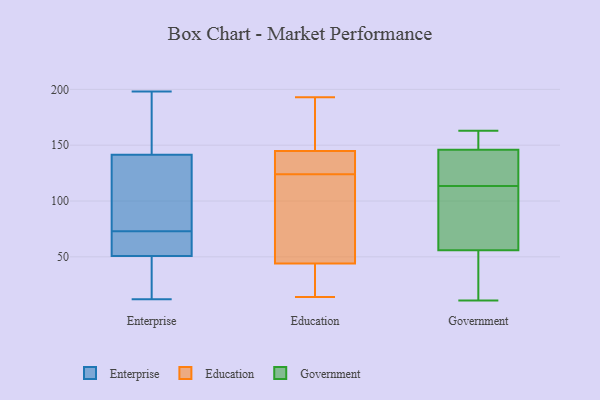
{"axis": {"x": "Temperature (°C)", "y": "Value"}, "legend": ["Education", "Enterprise", "Government"], "data": [{"x": "", "y": 73, "type": "Enterprise"}, {"x": "", "y": 36, "type": "Enterprise"}, {"x": "", "y": 12, "type": "Enterprise"}, {"x": "", "y": 171, "type": "Enterprise"}, {"x": "", "y": 32, "type": "Enterprise"}, {"x": "", "y": 176, "type": "Enterprise"}, {"x": "", "y": 31, "type": "Enterprise"}, {"x": "", "y": 145, "type": "Enterprise"}, {"x": "", "y": 198, "type": "Enterprise"}, {"x": "", "y": 55, "type": "Enterprise"}, {"x": "", "y": 81, "type": "Enterprise"}, {"x": "", "y": 58, "type": "Enterprise"}, {"x": "", "y": 131, "type": "Enterprise"}, {"x": "", "y": 83, "type": "Enterprise"}, {"x": "", "y": 50, "type": "Enterprise"}, {"x": "", "y": 167, "type": "Enterprise"}, {"x": "", "y": 55, "type": "Enterprise"}, {"x": "", "y": 53, "type": "Enterprise"}, {"x": "", "y": 102, "type": "Enterprise"}, {"x": "", "y": 144, "type": "Education"}, {"x": "", "y": 167, "type": "Education"}, {"x": "", "y": 32, "type": "Education"}, {"x": "", "y": 39, "type": "Education"}, {"x": "", "y": 179, "type": "Education"}, {"x": "", "y": 168, "type": "Education"}, {"x": "", "y": 42, "type": "Education"}, {"x": "", "y": 74, "type": "Education"}, {"x": "", "y": 50, "type": "Education"}, {"x": "", "y": 137, "type": "Education"}, {"x": "", "y": 145, "type": "Education"}, {"x": "", "y": 126, "type": "Education"}, {"x": "", "y": 86, "type": "Education"}, {"x": "", "y": 14, "type": "Education"}, {"x": "", "y": 124, "type": "Education"}, {"x": "", "y": 79, "type": "Education"}, {"x": "", "y": 193, "type": "Education"}, {"x": "", "y": 129, "type": "Education"}, {"x": "", "y": 37, "type": "Education"}, {"x": "", "y": 48, "type": "Government"}, {"x": "", "y": 83, "type": "Government"}, {"x": "", "y": 106, "type": "Government"}, {"x": "", "y": 162, "type": "Government"}, {"x": "", "y": 140, "type": "Government"}, {"x": "", "y": 19, "type": "Government"}, {"x": "", "y": 131, "type": "Government"}, {"x": "", "y": 33, "type": "Government"}, {"x": "", "y": 11, "type": "Government"}, {"x": "", "y": 136, "type": "Government"}, {"x": "", "y": 162, "type": "Government"}, {"x": "", "y": 152, "type": "Government"}, {"x": "", "y": 29, "type": "Government"}, {"x": "", "y": 157, "type": "Government"}, {"x": "", "y": 121, "type": "Government"}, {"x": "", "y": 78, "type": "Government"}, {"x": "", "y": 137, "type": "Government"}, {"x": "", "y": 163, "type": "Government"}, {"x": "", "y": 64, "type": "Government"}, {"x": "", "y": 94, "type": "Government"}]}